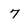
Character: 7